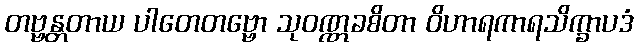
တဗ္ဗန္တတာယ ပါတေတဗ္ဗော သုဝဏ္ဏခစိတာ ဝိဟာရကာရသိက္ခာပဒံ